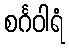
စင်္ဂဝါရံ